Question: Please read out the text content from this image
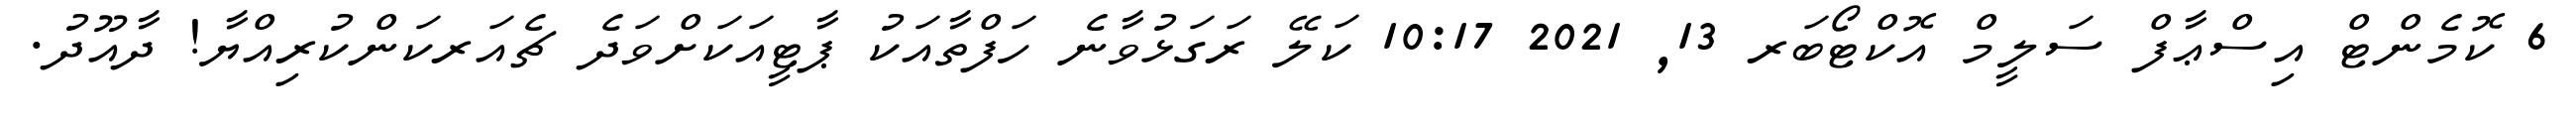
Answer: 6 ކޮމެންޓް އިސްޢާފް ސަލީމް އޮކްޓޯބަރ 13, 2021 10:17 ކަލޭ ރަގަޅުވާނެ ހަފްތާއަކު ޕާޓީއަކަށްވަދެ ޗެއަރކަންކުރިއްޔާ! ދާއޫދު.